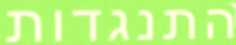
התנגדות